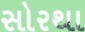
સોરથા